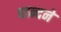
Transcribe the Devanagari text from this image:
बान्दने